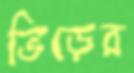
ভিড়ের